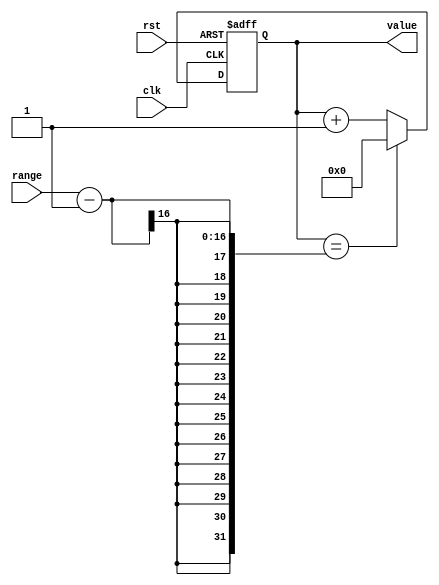
`timescale 1ns / 1ps

module counter16(
	input clk,             // 
	input rst,             // 
	input [15:0]range,     // 
	output reg [15:0]value // 
);

	always@(posedge clk or posedge rst) begin
		if(rst) value <= 0;
		else if(value == range - 1) value <= 0;
		else value <= value + 1;
	end

endmodule